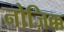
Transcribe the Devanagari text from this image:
नोज़िक्क